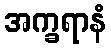
အက္ခရာနံ